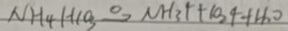
N H _ { 4 } H 1 0 _ { 3 } \xrightarrow { \Delta } N H _ { 3 } l + 1 0 _ { 2 } 4 + H _ { 2 } o